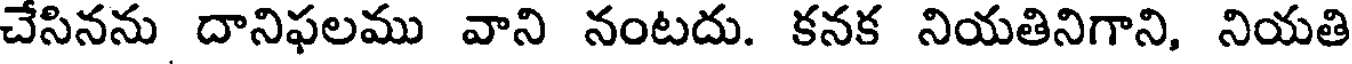
చేసినను దానిఫలము వాని నంటదు. కనక నియతినిగాని, నియతి